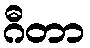
ဂီတာ